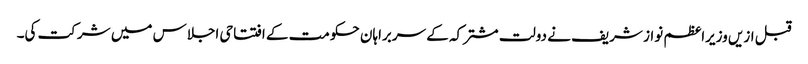
قبل ازیں وزیراعظم نواز شریف نے دولت مشترکہ کے سربراہان حکومت کے افتتاحی اجلاس میں شرکت کی۔